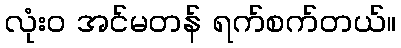
လုံး၀ အင်မတန် ရက်စက်တယ်။